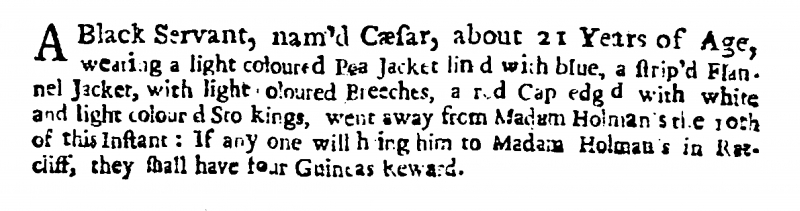
Weekly Journal or Saturday’s Post, 23 November 1717 (England)
A Black Servant, nam’d Cæsar, about 21 Years of Age, wearing a light coloured Pea Jacket lin’d with blue, a strip’d Flannel Jacket, with light coloured Breeches, a red Cap edg’d with white and light coloured Stockings, went away from Madam Holman’s the 10th of this Instant: If any one will bring him to Madam Holman’s in Ratcliff, they shall have four Guineas Reward.